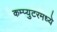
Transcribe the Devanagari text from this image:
कम्प्युटरमध्ये